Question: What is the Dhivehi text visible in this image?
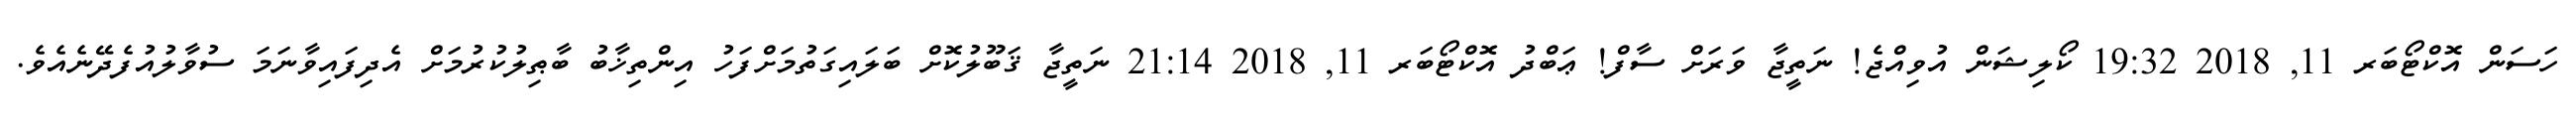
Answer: ހަސަން އޮކްޓޯބަރ 11, 2018 19:32 ކޯލިޝަން އުވިއްޖެ! ނަތީޖާ ވަރަށް ސާފް! ޢަބްދު އޮކްޓޯބަރ 11, 2018 21:14 ނަތީޖާ ޤަބޫލުކޮށް ބަލައިގަތުމަށްފަހު އިންތިޚާބު ބާޠިލުކުރުމަށް އެދިފައިވާނަމަ ސުވާލުއުފެދޭނެއެވެ.